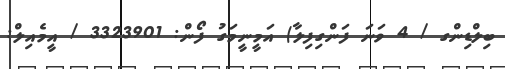
ބިލްޑިންގ / 4 ވަނަ ފަންގިފިލާ) އަމީނީމަގު ފޯން: 3323901 / އީމެއިލް: